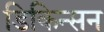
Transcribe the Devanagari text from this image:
डिकिन्‍सन